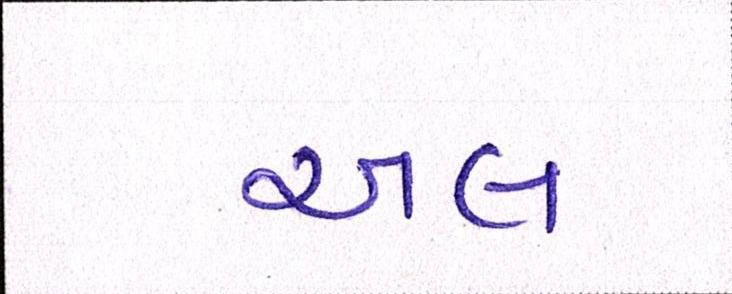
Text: અલ